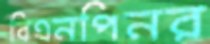
বিএনপিনর